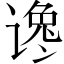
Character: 谗